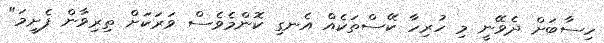
ހިސާބަށް ދެވޭނީ މި ހުރިހާ ކޭސްތަކެއް އެނގި ކޮންމެވެސް ވަރަަކަށް ތިރިވާން ފެށީމަ"